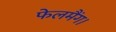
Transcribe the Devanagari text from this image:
फेलमैंग।